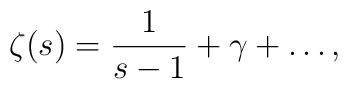
\zeta(s)=\frac{1}{s-1}+\gamma+\dots,